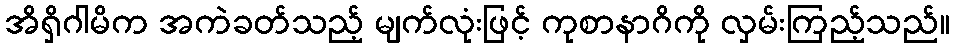
အိရှိဂါမိက အကဲခတ်သည့် မျက်လုံးဖြင့် ကုစာနာဂိကို လှမ်းကြည့်သည်။